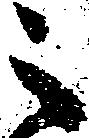
之